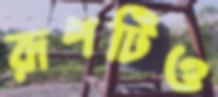
রূপটিও